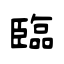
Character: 臨